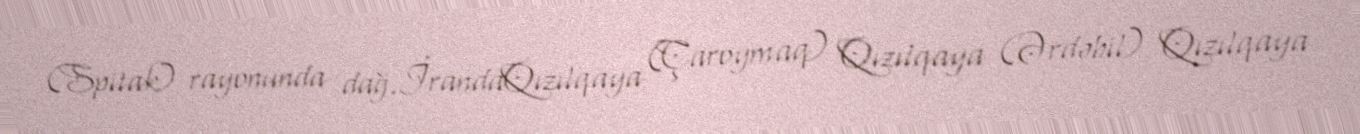
(Spitak) rayonunda dağ.İrandaQızılqaya (Çaroymaq) Qızılqaya (Ərdəbil) Qızılqaya